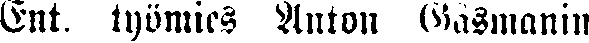
Ent. työmies Anton (Gåsmanin